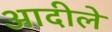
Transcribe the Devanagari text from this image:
आदीले